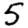
Digit: 5